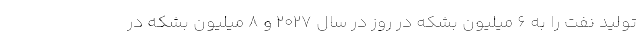
تولید نفت را به 6 میلیون بشکه در روز در سال 2027 و 8 میلیون بشکه در